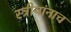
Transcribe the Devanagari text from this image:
स्त्रीयांनाच